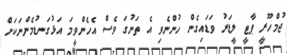
ޖުމްހޫރީ ޕާޓީ ލީޑަރު ވަޑައިގެން ހުންނެވި އެ ތަނުގަ ވެސް އެހެންވީމަ އަޅުގަނޑުމެންނަކަށް